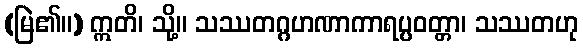
(မြဲ၏။) ဣတိ၊ သို့။ သဿတဂ္ဂဟဏာကာရပ္ပဝတ္တာ၊ သဿတဟု